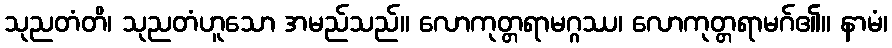
သုညတံတိ၊ သုညတံဟူသော အမည်သည်။ လောကုတ္တရာမဂ္ဂဿ၊ လောကုတ္တရာမဂ်၏။ နာမံ၊